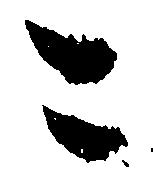
こ